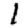
Digit: 1